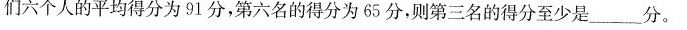
们六个人的平均得分为91分，第六名的得分为65分，则第二名的得分至少是_____分。